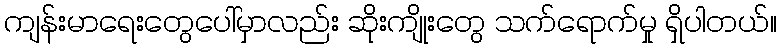
ကျန်းမာရေးတွေပေါ်မှာလည်း ဆိုးကျိုးတွေ သက်ရောက်မှု ရှိပါတယ်။